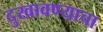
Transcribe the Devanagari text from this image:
दुखावण्याचा